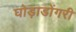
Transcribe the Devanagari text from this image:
घोड़ाडोंगरी